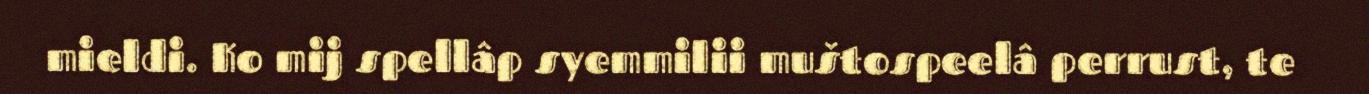
mieldi. Ko mij spellâp syemmilii muštospeelâ perrust, te